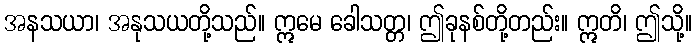
အနသယာ၊ အနုသယတို့သည်။ ဣမေ ခေါသတ္တ၊ ဤခုနစ်တို့တည်း။ ဣတိ၊ ဤသို့။